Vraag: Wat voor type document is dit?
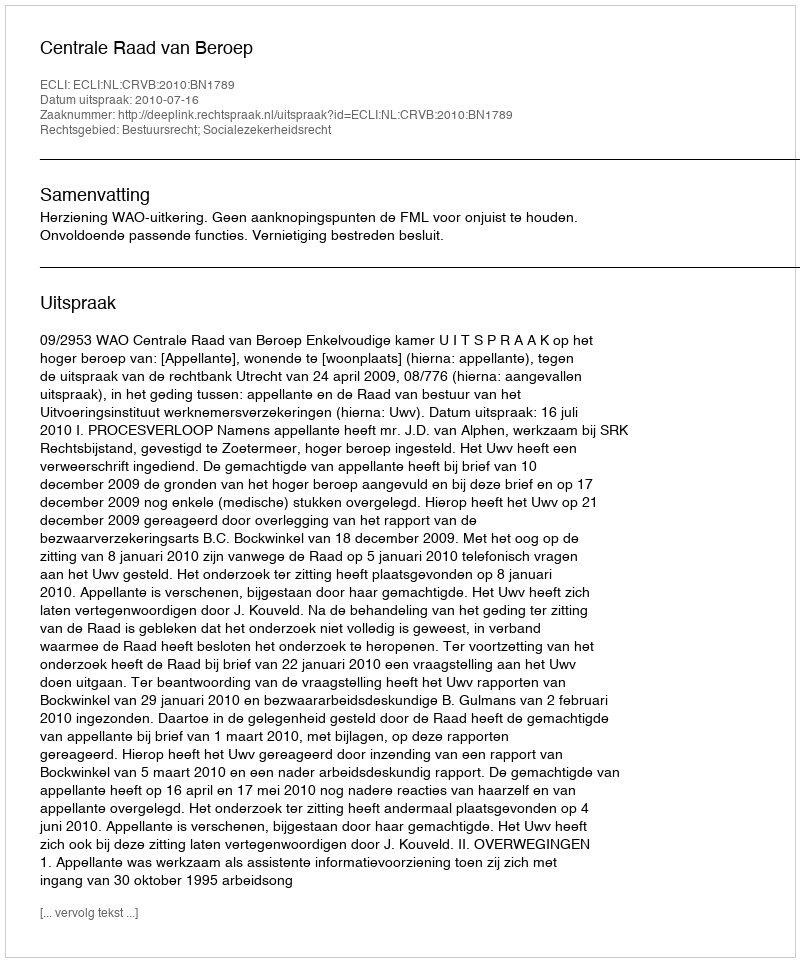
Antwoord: Uitspraak